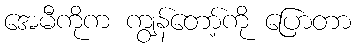
အေမီကိုက ကျွန်တော့်ကို ပြောတာ